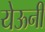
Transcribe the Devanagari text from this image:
येऊनी